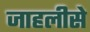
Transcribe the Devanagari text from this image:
जाहलीसे